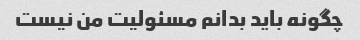
چگونه باید بدانم مسئولیت من نیست